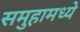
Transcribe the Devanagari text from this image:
समुहामध्ये